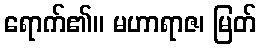
ရောက်၏။ မဟာရာဇ၊ မြတ်